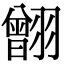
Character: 䎖